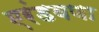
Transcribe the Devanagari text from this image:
एरंडवणा